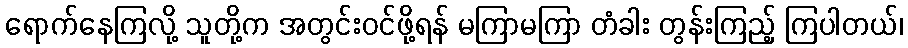
ရောက်နေကြလို့ သူတို့က အတွင်းဝင်ဖို့ရန် မကြာမကြာ တံခါး တွန်းကြည့် ကြပါတယ်၊